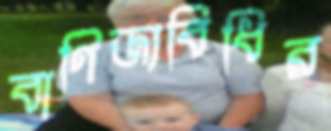
বাণিজ্যবিধির